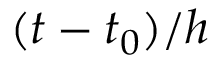
( t - t _ { 0 } ) / h